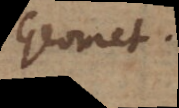
Geomet.